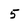
Character: 5